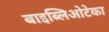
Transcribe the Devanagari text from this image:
बाइब्लिओटेका